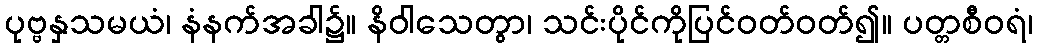
ပုဗ္ဗနှသမယံ၊ နံနက်အခါ၌။ နိဝါသေတွာ၊ သင်းပိုင်ကိုပြင်ဝတ်ဝတ်၍။ ပတ္တစီဝရံ၊